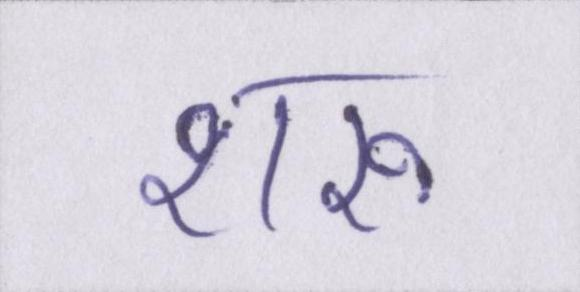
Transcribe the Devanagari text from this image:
शरू